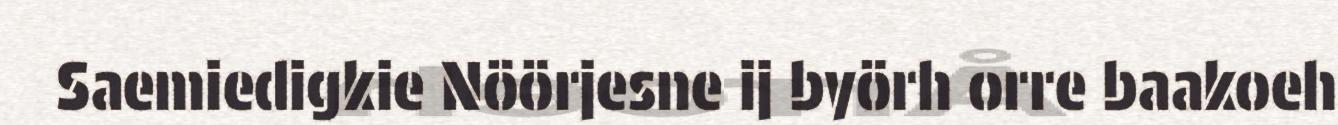
Saemiedigkie Nöörjesne ij byörh orre baakoeh